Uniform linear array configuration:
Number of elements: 48
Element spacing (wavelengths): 0.75
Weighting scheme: kaiser
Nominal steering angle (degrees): -60
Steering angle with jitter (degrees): -58.037
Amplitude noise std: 0.05
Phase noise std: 0.05

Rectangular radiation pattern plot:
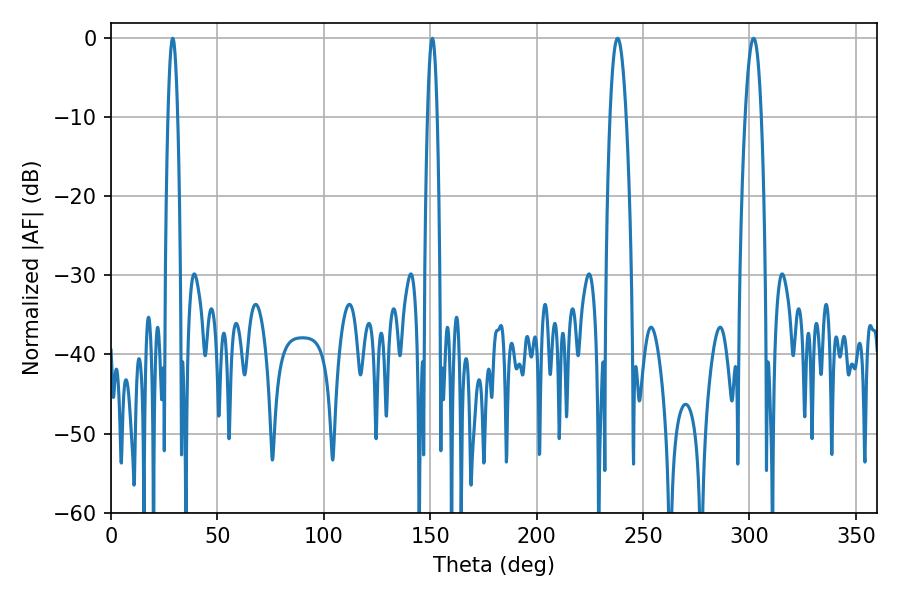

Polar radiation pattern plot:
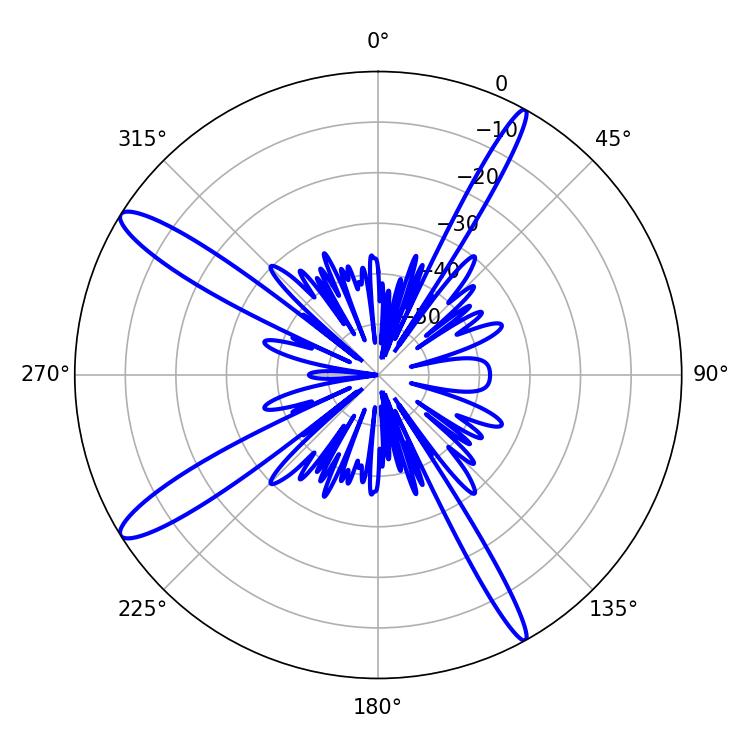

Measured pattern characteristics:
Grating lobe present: TRUE
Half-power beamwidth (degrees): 2.52
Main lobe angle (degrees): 28.98